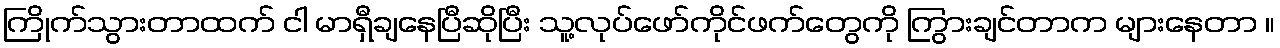
ကြိုက်သွားတာထက် ငါ မာရှီချနေပြီဆိုပြီး သူ့လုပ်ဖော်ကိုင်ဖက်တွေကို ကြွားချင်တာက များနေတာ ။